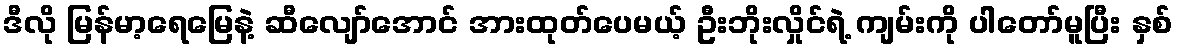
ဒီလို မြန်မာ့ရေမြေနဲ့ ဆီလျော်အောင် အားထုတ်ပေမယ့် ဦးဘိုးလှိုင်ရဲ့ ကျမ်းကို ပါတော်မူပြီး နှစ်